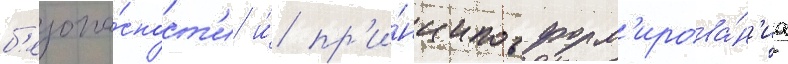
б'езопа́сност'и и́ пр'и́нципов форм'ирова́н'иа